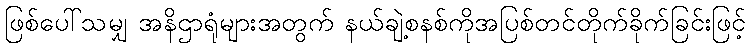
ဖြစ်ပေါ်သမျှ အနိဌာရုံများအတွက် နယ်ချဲ့စနစ်ကိုအပြစ်တင်တိုက်ခိုက်ခြင်းဖြင့်